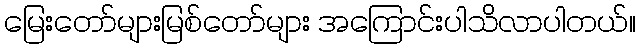
မြေးတော်များမြစ်တော်များ အကြောင်းပါသိလာပါတယ်။